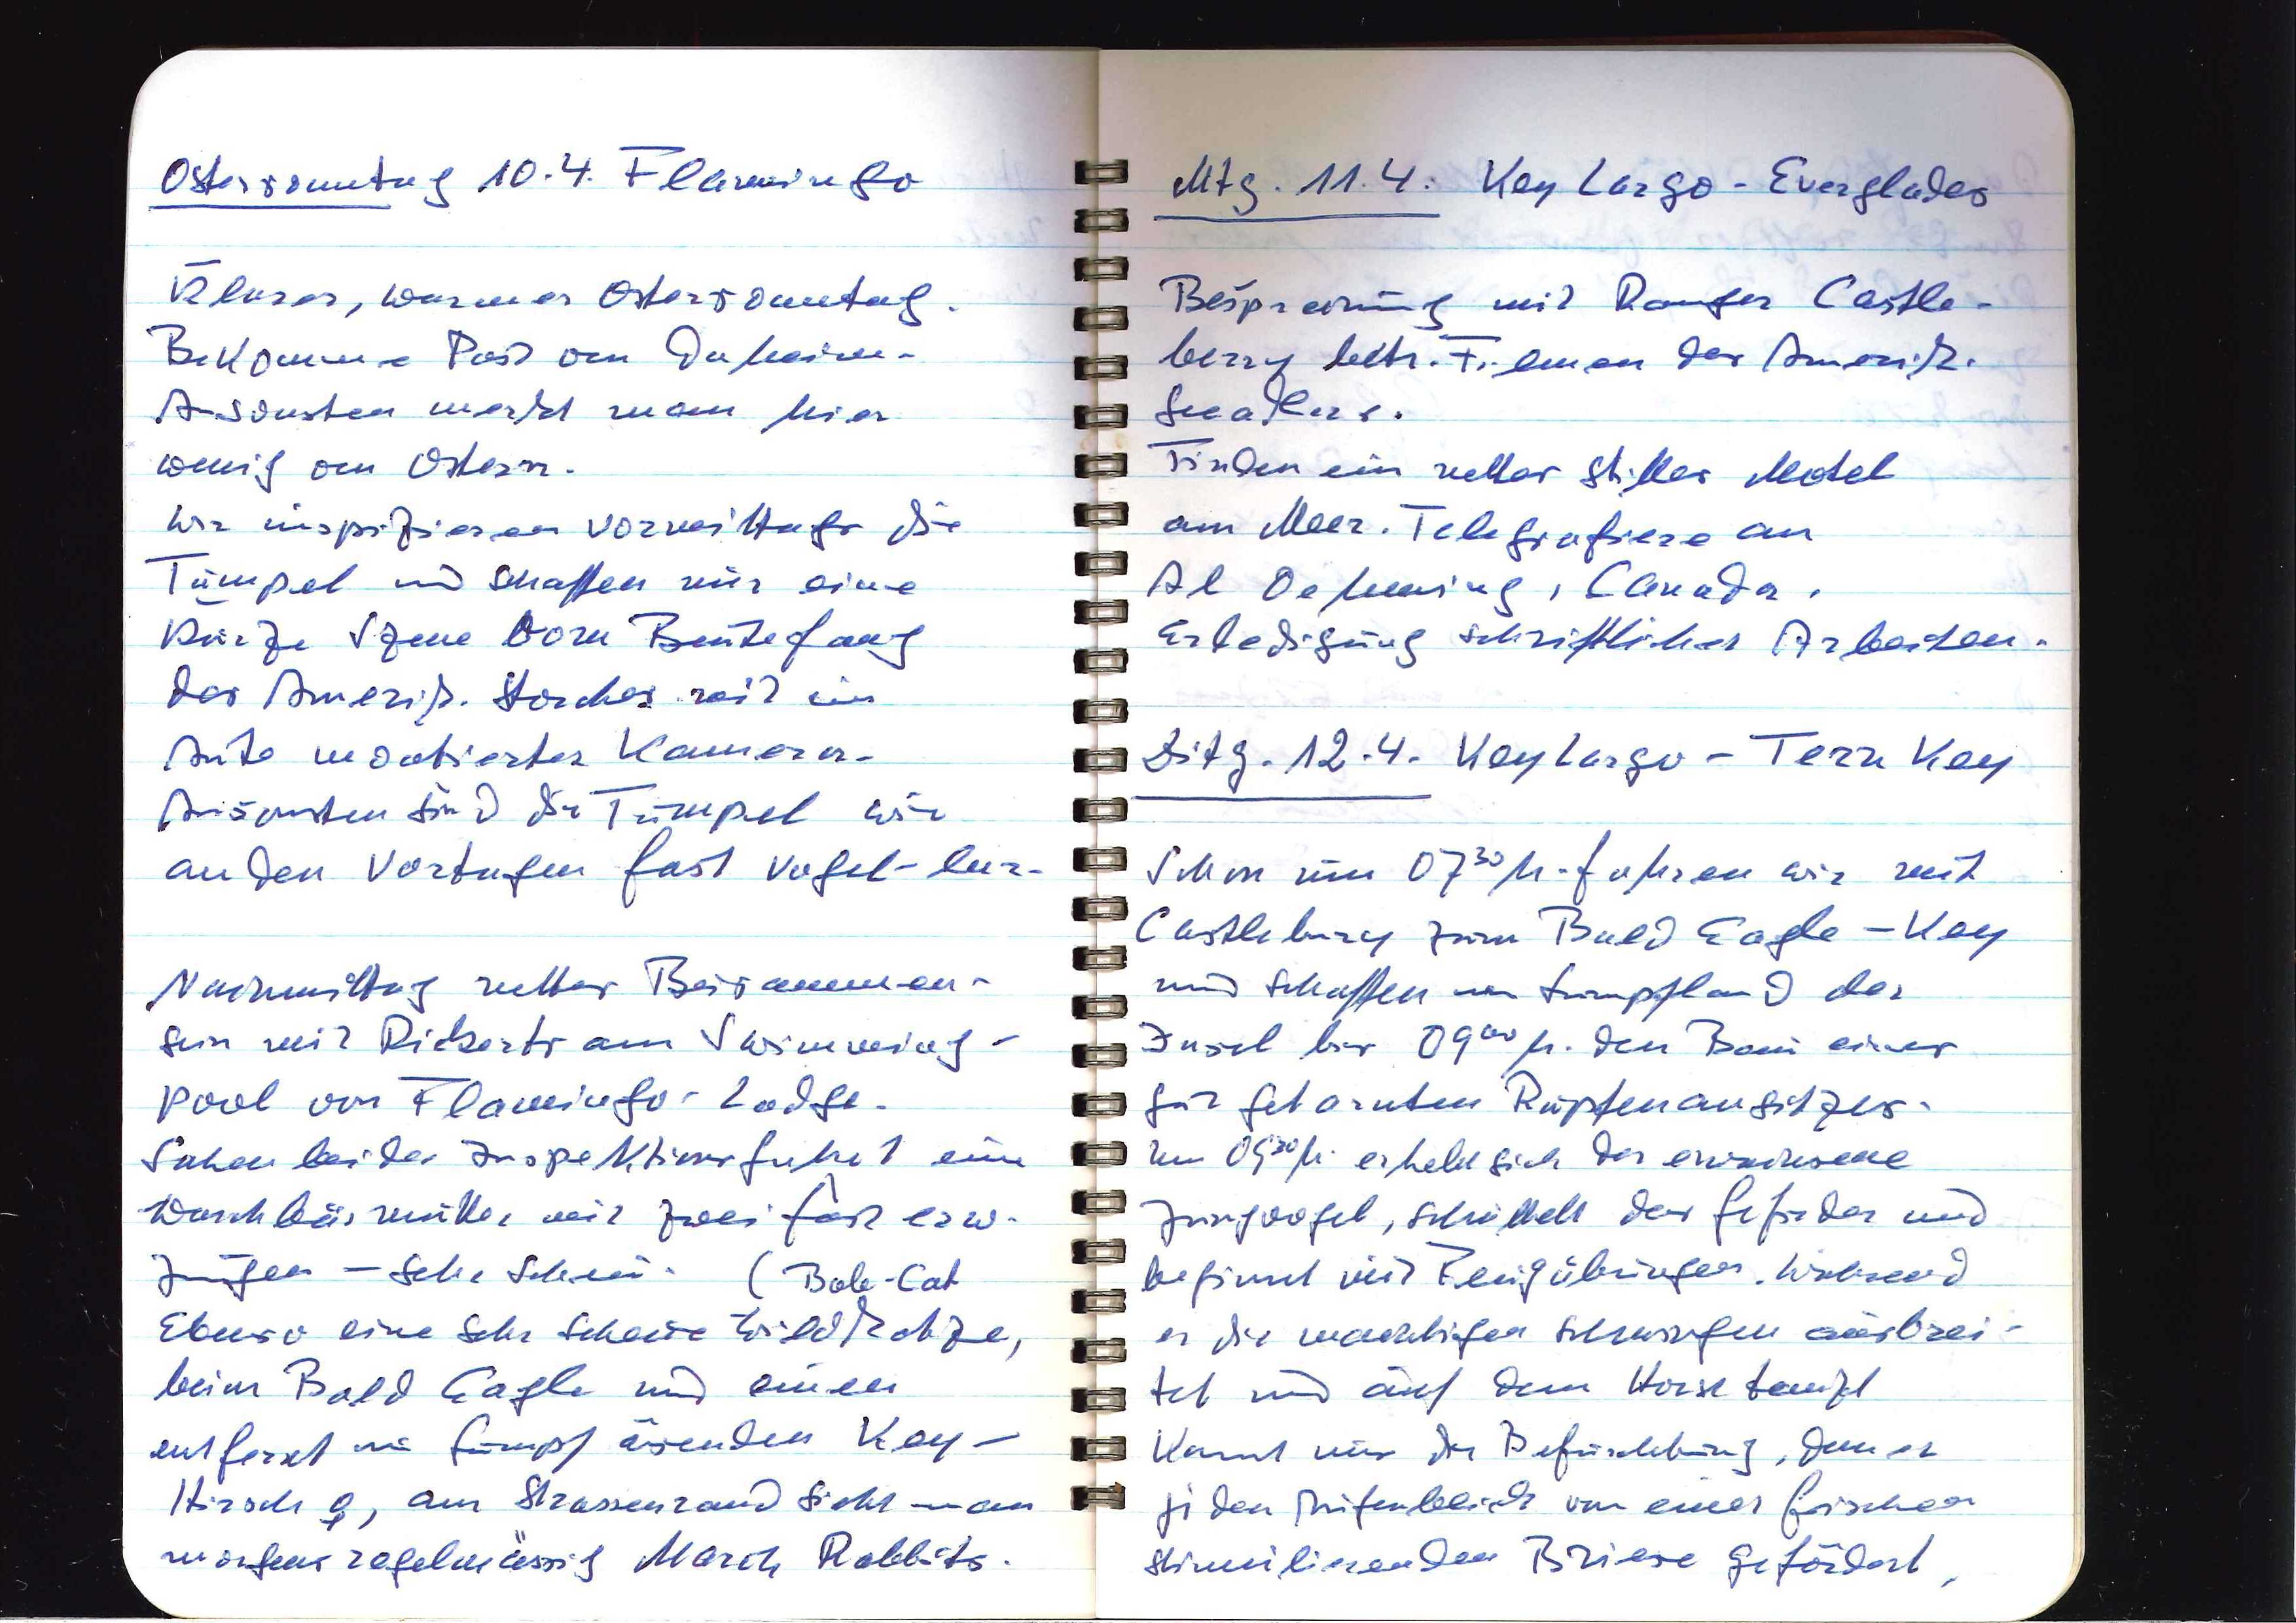
Ostersonntag 10.4. Flamingo
klarer, warmer Ostersonntag.
Bekomme Post von Daheim.
Ansonsten merkt man hier
wenig von Ostern.
Wir inspizieren vormittags die
Tümpel und schaffen nur eine
kurze Szene vom Beutefang
des Amerik. Storches mit im
Auto montierter Kamera.
Ansonsten sind die Tümpel wie
an den Vortagen fast vogel-los.
Nachmittag nettes Beisammen¬
sein mit Rickerts am Swimming¬
pool von Flamingo-Lodge.
Sahen bei der Inspektionsfahrt eine
Waschbärmutter mit zwei fast erw.
Jungen — sehr schön (Bob-Cat
Ebenso eine sehr scheue Wildkatze,
beim Bald Eagle und einen
entfernt im Sumpf äsenden Key¬
Hirsch ♂, am Strassenrand sieht man
morgens regelmässig March Rabbits.

Mtg. 11. 4. Key Largo — Everglades
Besprechung mit Ranger Castle¬
berry betr. Filmen des Amerik.
Seeadlers.
Finden ein nettes stilles Motel
am Meer. Telegrafiere an
Al Oehming, Canada.
Erledigung schriftlicher Arbeiten.
Ditg. 12.4. Key Largo — Tern Key
Schon um 0730 h. fahren wir mit
Castlebury zum Bald Eagle-Key
und schaffen im Sumpfland der
Insel bis 09.00 h. den Bau eines
gut getarnten Rupfenansitzes.
Um 09.00 h. erhebt sich der erwachsene
Jungvogel, schüttelt das Gefieder und
beginnt mit Flugübungen. Während
er die mächtigen Schwingen ausbrei-
tet und auf dem Horst tanzt
kommt mir die Befürchtung, dass er
in dem Augenblick von einer frischen
stimulierenden Briese gefordert,